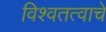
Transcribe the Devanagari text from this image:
विश्वतत्वाचे